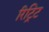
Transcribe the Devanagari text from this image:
रिट्रिट